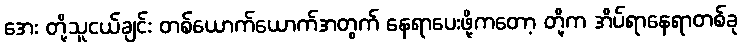
အေး တို့သူငယ်ချင်း တစ်ယောက်ယောက်အတွက် နေရာပေးဖို့ကတော့ တို့က အိပ်ရာနေရာတစ်ခု